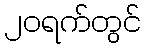
၂၀ရက်တွင်